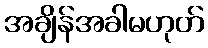
အချိန်အခါမဟုတ်